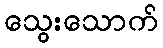
သွေးသောက်